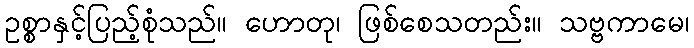
ဥစ္စာနှင့်ပြည့်စုံသည်။ ဟောတု၊ ဖြစ်စေသတည်း။ သဗ္ဗကာမေ၊